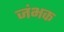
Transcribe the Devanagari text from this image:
जंभक